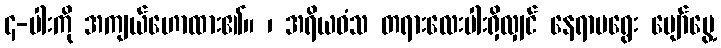
၄-ပါးကို အကျယ်ဟောထား၏။ ၊ အရိယဝံသ တရားလေးပါးရှိလျှင် နေရာမရွေး ပျော်မွေ့